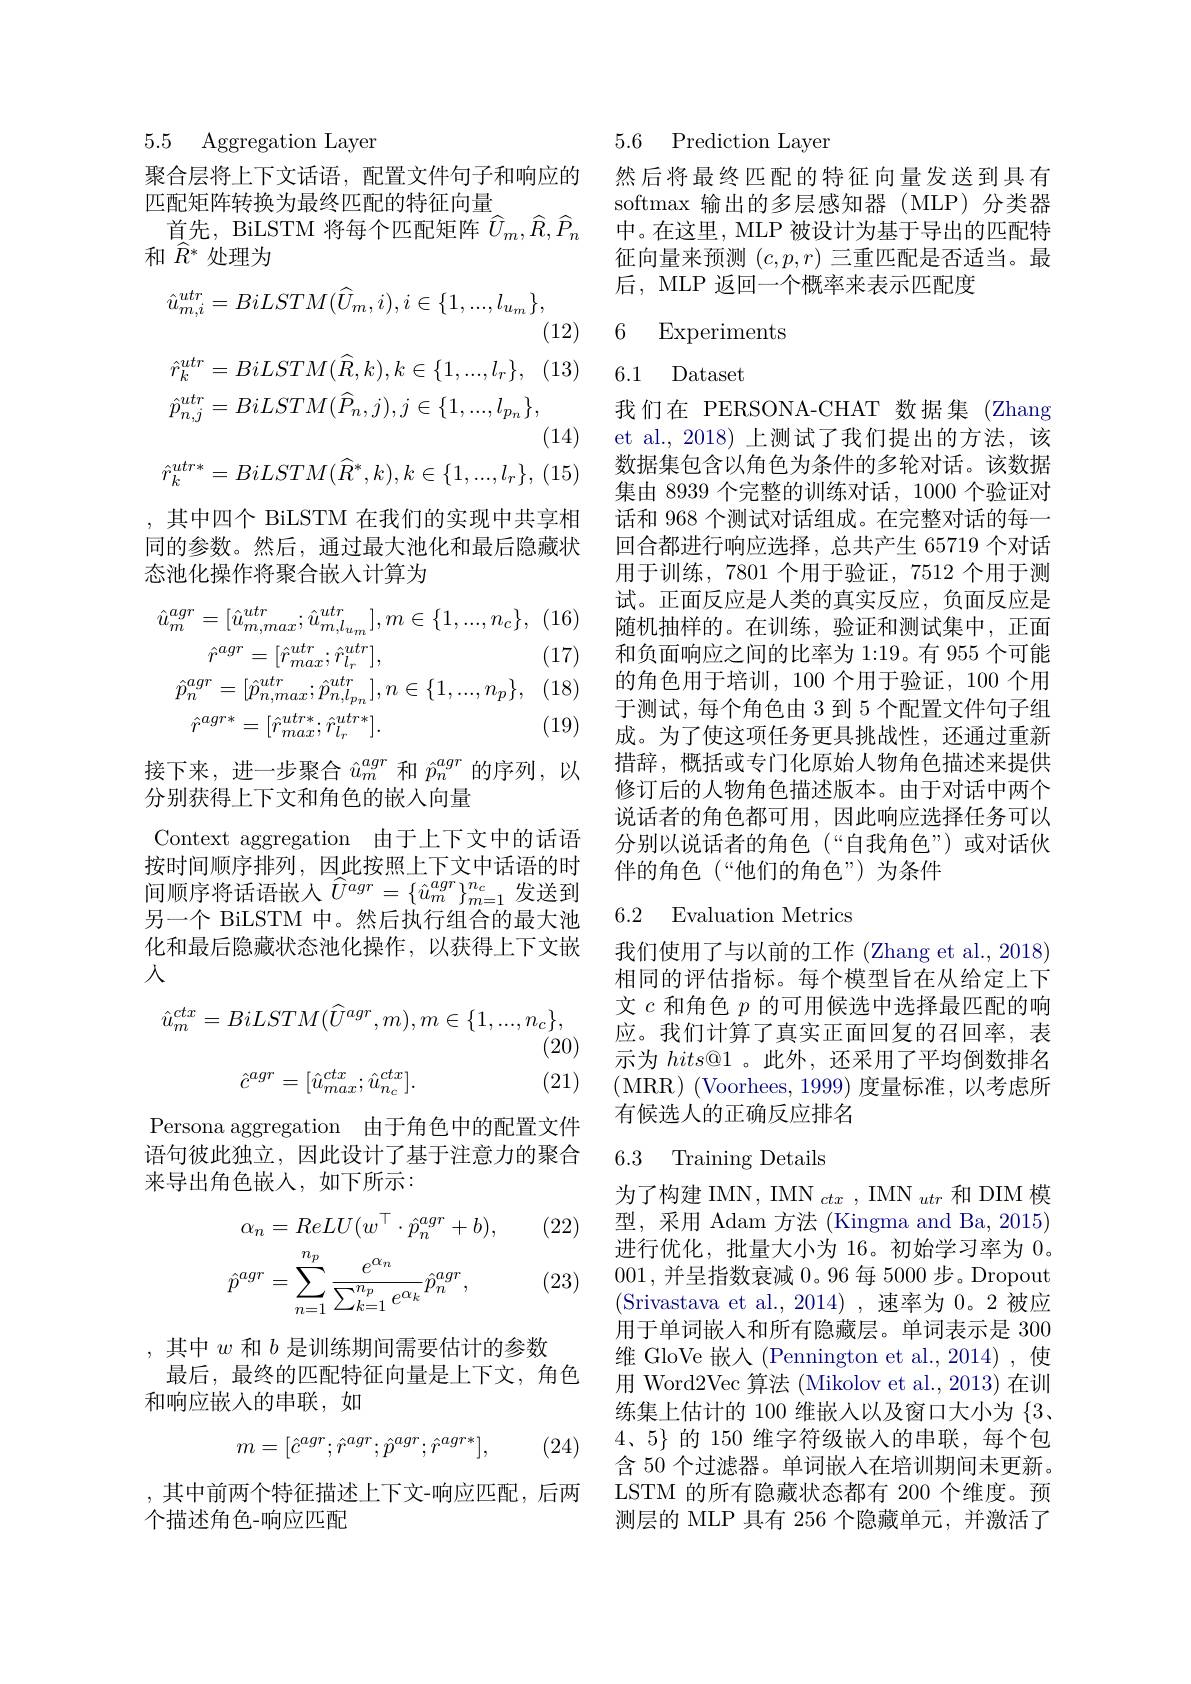
# 5.5 Aggregation Layer

聚合层将上下文话语，配置文件句子和响应的
匹配矩阵转换为最终匹配的特征向量
首先，BiLSTM 将每个匹配矩阵$\widehat{U}_m,\widehat{R},\widehat{P}_n$
和$\widehat{R}^*$处理为

(12)
$$\begin{aligned}\hat{u}_{m,i}^{utr}&=BiLSTM(\widehat{U}_{m},i),i\in\{1,...,l_{u_{m}}\},\\&\text{(}\\\hat{r}_{k}^{utr}&=BiLSTM(\widehat{R},k),k\in\{1,...,l_{r}\},\quad(\\\hat{p}_{n,j}^{utr}&=BiLSTM(\widehat{P}_{n},j),j\in\{1,...,l_{p_{n}}\},\\&\text{(}\\\hat{r}_{k}^{utr*}&=BiLSTM(\widehat{R}^{*},k),k\in\{1,...,l_{r}\},\:(\end{aligned}$$
(14)

(15

,其中四个 BiLSTM 在我们的实现中共享相同的参数。然后，通过最大池化和最后隐藏状态池化操作将聚合嵌入计算为
$$\begin{aligned}\hat{u}_{m}^{agr}&=[\hat{u}_{m,max}^{utr};\hat{u}_{m,l_{um}}^{utr}],m\in\{1,...,n_{c}\},\\&\hat{r}^{agr}=[\hat{r}_{max}^{utr};\hat{r}_{l_{r}}^{utr}],\\\hat{p}_{n}^{agr}&=[\hat{p}_{n,max}^{utr};\hat{p}_{n,l_{pn}}^{utr}],n\in\{1,...,n_{p}\},\\&\hat{r}^{agr*}=[\hat{r}_{max}^{utr*};\hat{r}_{l_{r}}^{utr*}].\end{aligned}$$
接下来，进一步聚合$\hat{u}_m^{agr}$和$\hat{p}_n^{agr}$的序列，以
分别获得上下文和角色的嵌入向量

Context aggregation 由于上下文中的话语按时间顺序排列，因此按照上下文中话语的时间顺序将话语嵌人$\hat{U}^{agr}=\{\hat{u}_m^{agr}\}_{m=1}^{n_c}$发送到另一个 BiLSTM 中。然后执行组合的最大池化和最后隐藏状态池化操作，以获得上下文嵌人
$$\hat{u}_{m}^{ctx}=BiLSTM(\widehat{U}^{agr},m),m\in\{1,...,n_{c}\},$$
(20)
$$\hat{c}^{agr}=[\hat{u}_{max}^{ctx};\hat{u}_{n_{c}}^{ctx}].$$
(21)

Persona aggregation 由于角色中的配置文件语句彼此独立，因此设计了基于注意力的聚合来导出角色嵌入，如下所示：

(22)
$$\alpha_{n}=ReLU(w^{\top}\cdot\hat{p}_{n}^{agr}+b),\\\hat{p}^{agr}=\sum_{n=1}^{n_{p}}\frac{e^{\alpha_{n}}}{\sum_{k=1}^{n_{p}}e^{\alpha_{k}}}\hat{p}_{n}^{agr},$$
(23)

,其中$w$和$b$是训练期间需要估计的参数
最后，最终的匹配特征向量是上下文，角色
和响应嵌入的串联，如
$$m=[\hat{c}^{agr};\hat{r}^{agr};\hat{p}^{agr};\hat{r}^{agr*}],$$
(24)

,其中前两个特征描述上下文-响应匹配，后两
个描述角色-响应匹配

5.6 Prediction Layer

然后将最终匹配的特征向量发送到具有softmax 输出的多层感知器(MLP)分类器中。在这里，MLP 被设计为基于导出的匹配特征向量来预测$(c,p,r)$三重匹配是否适当。最后，MLP 返回一个概率来表示匹配度

6 Experiments

6.1 Dataset
我们在 PERSONA-CHAT 数据集 (Zhang et al., 2018) 上测试了我们提出的方法，该数据集包含以角色为条件的多轮对话。该数据集由 8939 个完整的训练对话，1000 个验证对话和 968 个测试对话组成。在完整对话的每一回合都进行响应选择，总共产生 65719 个对话用于训练，7801 个用于验证，7512 个用于测试。正面反应是人类的真实反应，负面反应是随机抽样的。在训练，验证和测试集中，正面和负面响应之间的比率为 1:19。有 955 个可能的角色用于培训，100 个用于验证，100 个用于测试，每个角色由 3 到 5 个配置文件句子组成。为了使这项任务更具挑战性，还通过重新措辞，概括或专门化原始人物角色描述来提供修订后的人物角色描述版本。由于对话中两个说话者的角色都可用，因此响应选择任务可以分别以说话者的角色(“自我角色”)或对话伙伴的角色(“他们的角色”)为条件

### 6.2 Evaluation Metrics

我们使用了与以前的工作 (Zhang et al., 2018) 相同的评估指标。每个模型旨在从给定上下文$c$和角色$p$的可用候选中选择最匹配的响应。我们计算了真实正面回复的召回率，表示为$hits@1$。此外，还采用了平均倒数排名(MRR)(Voorhees,1999)度量标准，以考虑所有候选人的正确反应排名

### 6.3 Training Details

为了构建 IMN, IMN $_ctx$, IMN $_utr$和 DIM 模型，采用 Adam 方法(Kingma and Ba, 2015) 进行优化，批量大小为 16。初始学习率为 0。001,并呈指数衰减0。96 每 5000 步。Dropout 用于单词嵌入和所有隐藏层。单词表示是 300维 GloVe 嵌入(Pennington et al.,2014),使用 Word2Vec 算法 (Mikolov et al., 2013) 在训练集上估计的 100 维嵌人以及窗口大小为$\{3、$ $4、5\}$的 150 维字符级嵌入的串联，每个包含 50 个过滤器。单词嵌人在培训期间未更新。LSTM 的所有隐藏状态都有 200 个维度。预测层的 MLP 具有 256 个隐藏单元，并激活了